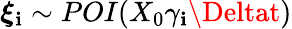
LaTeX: \boldsymbol{\xi}_{\mathbf{i}}\sim\mathop{POI}(X_{0}\gamma_{\mathbf{i}}\Deltat)